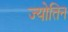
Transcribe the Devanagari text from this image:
ज्‍योतिन